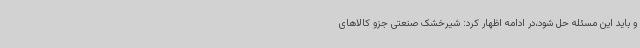
و باید این مسئله حل شود،در ادامه اظهار کرد: شیرخشک صنعتی جزو کالاهای